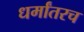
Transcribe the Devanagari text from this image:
धर्मांतरच